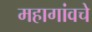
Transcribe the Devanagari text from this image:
महागांवचे